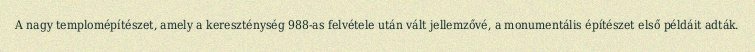
A nagy templomépítészet, amely a kereszténység 988-as felvétele után vált jellemzővé, a monumentális építészet első példáit adták.